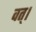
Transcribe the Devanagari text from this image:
वत्।